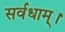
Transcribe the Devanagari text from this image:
सर्वधाम्‌।